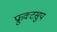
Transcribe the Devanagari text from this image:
फ्रुक्टसुप